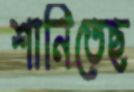
শানিতেছ